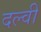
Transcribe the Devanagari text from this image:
दल्वी